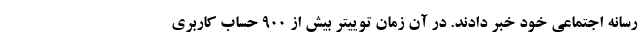
رسانه اجتماعی خود خبر دادند. در آن زمان توییتر بیش از 900 حساب کاربری